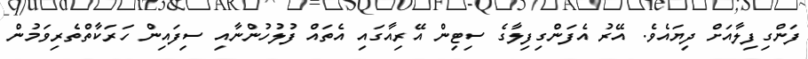
ފަންގިފިލާއަށް ދިޔައެވެ. އޭރު އެފަންގިފިލާގެ ސިޓިން އޭރިއާގައި އެތައް ފުލުހުންނާއި ސިފައިން ހަރަކާތްތެރިވަމުން